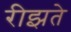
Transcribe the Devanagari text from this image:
रीझते